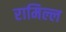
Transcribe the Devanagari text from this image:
रामिल्ल